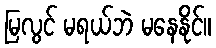
မြလွင် မရယ်ဘဲ မနေနိုင်။